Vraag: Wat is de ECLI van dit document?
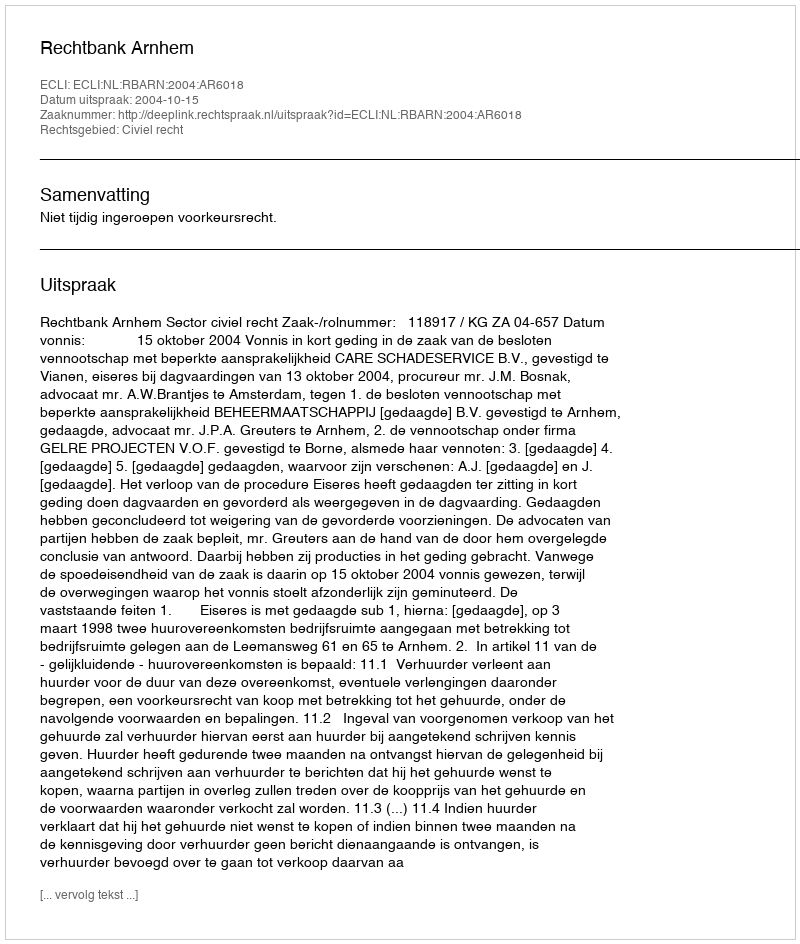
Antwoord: ECLI:NL:RBARN:2004:AR6018